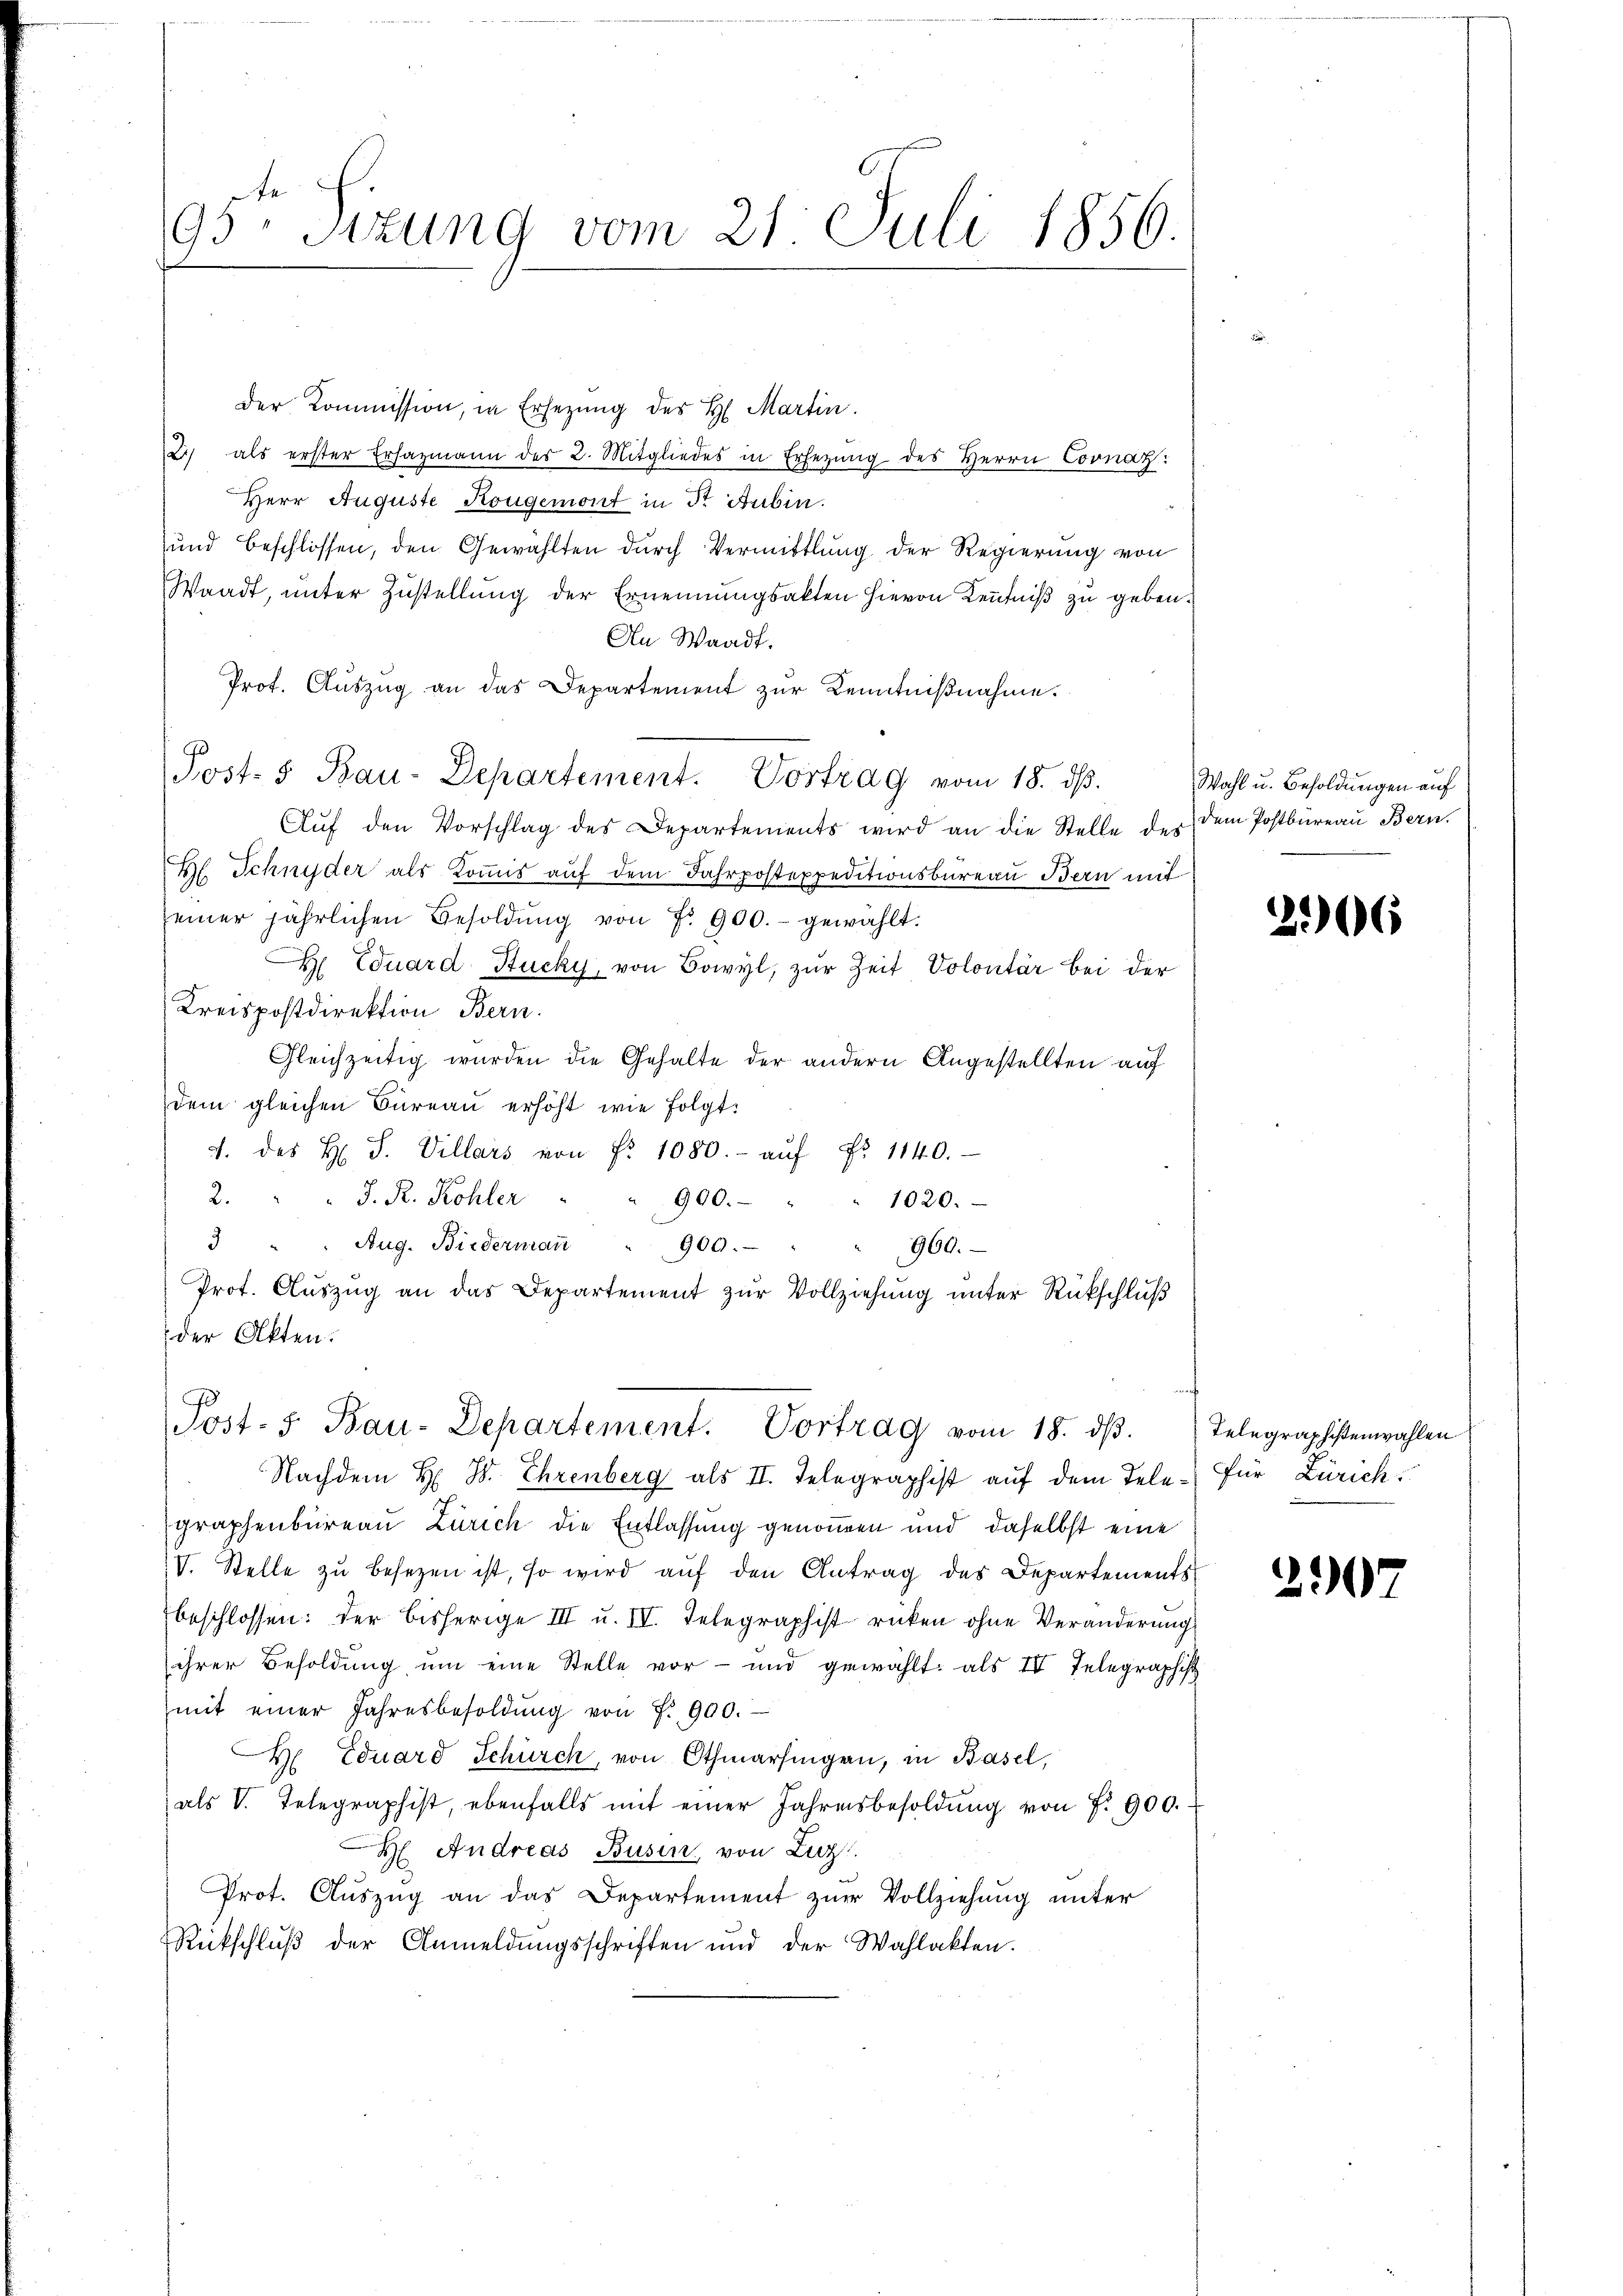
te
95. Sizung vom 21. Juli 1856.

Der Kommission, in Ersezung des H. Martin.
2. als erster Ersazmann des 2. Mitgliedes in Ersezung des Herrn Cornaz:
Herr Auguste Kongemont in Dr Subin.
und beschlossen, den Gewählten durch Vermittlung der Regierung von
Waadt, unter Zustellung der Ernennungsakten hievon Kenntniß zu geben.
An Waadt.
Prof. Auszug an das Departement zur Kenntnißnahme.
Post- & Bau-Departement. Vortrag vom 18. dβ.
Aŭf den Vorschlag des Departements wird an die Stelle der dem Postbüreaŭ Bern.
Hl. Schnyder als Kommis auf dem Fahrpostexpeditionsbüreau Bern mit
seiner jährlichen Besoldŭng von Fr. 900.- gewählt.
 Eduard Stucky, von Bowyl, zŭr Zeit Volontär bei der
Kreispostdirektion Bern.
Gleichzeitig wurden die Gehalte der andern Angestellten auf
dem gleichen Büreaŭ erhöht wie folgt:
2. des H. S. Villars von fr. 1080.- aŭf Fr. 1140.
2. " J. R. Kohler " " 900.-
1020.
3 " " Aug. Biedermaṅ " 900.
960.
Prot. Aŭszŭg an das Departement zŭr Vollziehŭng ŭnter Rückschlŭβ
der Akten.
Post- u Bau-Departement. Vortrag vom 18. dβ. Telegraphistenwahlen
Nachdem H. B. Ehrenberg als II. Telegraphist auf dem Telegraphenbureau Zürich die Entlassung genommen und daselbst eine
V. Stelle zŭ besezen ist, so wird aŭf den Antrag des Departements
beschlossen: der bisherige III u. IV. Telegraphist rücken ohne Veränderung
ihrer Besoldŭng ŭm eine Stelle vor- und gewählt: als IV Telegraphisch
mit einer Jahresbesoldŭng von P. 900.
H Eduard Schürch, von Othmarsingen, in Basel,
als V. Telegraphist, ebenfalls mit einer Jahresbesoldŭng von P. 900.
H. Andreas Busen, von Luz
Prot. Aŭszŭg an das Departement zur Vollziehung unter
Rückschluß der Anmeldungsschriften und der Wahlakten.

Wahl u. Besoldungen auf

206

Für Zürich.

2907